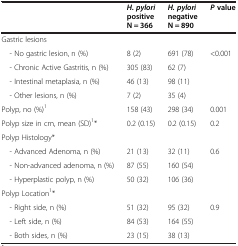
<table><thead><tr><td><b> </b></td><td><b><i>H. pylori </i>positive N = 366</b></td><td><b><i>H. pylori </i>negative N = 890</b></td><td><b><i>P </i>value</b></td></tr></thead><tbody><tr><td>Gastric lesions</td><td> </td><td> </td><td> </td></tr><tr><td> - No gastric lesion, n (%)</td><td>8 (2)</td><td>691 (78)</td><td rowspan="4">&lt;0.001</td></tr><tr><td> - Chronic Active Gastritis, n (%)</td><td>305 (83)</td><td>62 (7)</td></tr><tr><td> - Intestinal metaplasia, n (%)</td><td>46 (13)</td><td>98 (11)</td></tr><tr><td> - Other lesions, n (%)</td><td>7 (2)</td><td>35 (4)</td></tr><tr><td>Polyp, no (%)<sup>1</sup></td><td>158 (43)</td><td>298 (34)</td><td>0.001</td></tr><tr><td>Polyp size in cm, mean (SD)<sup>1</sup>*</td><td>0.2 (0.15)</td><td>0.2 (0.15)</td><td>0.2</td></tr><tr><td>Polyp Histology*</td><td> </td><td> </td><td> </td></tr><tr><td> - Advanced Adenoma, n (%)</td><td>21 (13)</td><td>32 (11)</td><td rowspan="3">0.6</td></tr><tr><td> - Non-advanced adenoma, n (%)</td><td>87 (55)</td><td>160 (54)</td></tr><tr><td> - Hyperplastic polyp, n (%)</td><td>50 (32)</td><td>106 (36)</td></tr><tr><td>Polyp Location<sup>1</sup>*</td><td> </td><td> </td><td> </td></tr><tr><td> - Right side, n (%)</td><td>51 (32)</td><td>95 (32)</td><td rowspan="3">0.9</td></tr><tr><td> - Left side, n (%)</td><td>84 (53)</td><td>164 (55)</td></tr><tr><td> - Both sides, n (%)</td><td>23 (15)</td><td>38 (13)</td></tr></tbody></table>